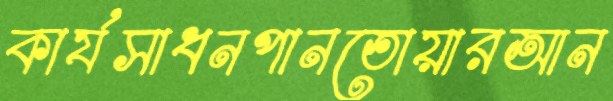
কার্যসাধনপানতোয়ারআন